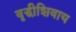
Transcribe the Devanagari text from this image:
वृद्धीशिवाय